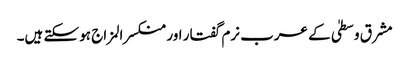
مشرق وسطیٰ کے عرب نرم گفتار اور منکسرالمزاج ہو سکتے ہیں۔